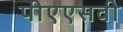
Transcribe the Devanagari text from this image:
पीएएसवी